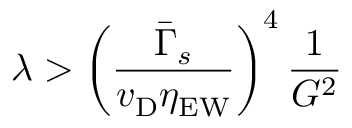
\lambda > \left( \frac { { \bar { \Gamma } } _ { s } } { v _ { \mathrm { D } } \eta _ { \mathrm { E W } } } \right) ^ { 4 } \frac { 1 } { G ^ { 2 } }